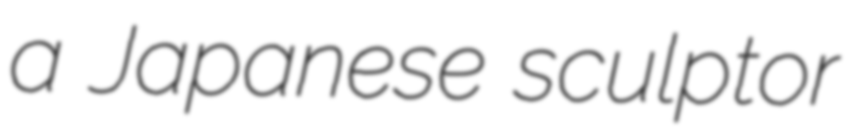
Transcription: a Japanese sculptor